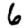
Digit: 6